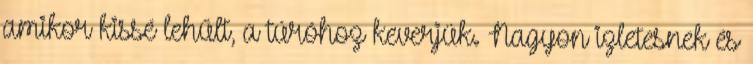
amikor kissé lehűlt, a túróhoz keverjük. Nagyon izletesnek és